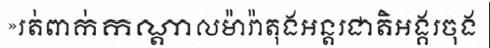
»រត់ពាក់កណ្តាលម៉ារ៉ាតុងអន្តរជាតិអង្គរចុង